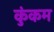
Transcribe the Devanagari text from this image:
कुंकम